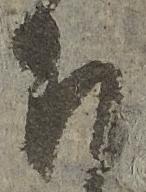
下